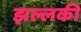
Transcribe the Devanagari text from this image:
झल्लकी